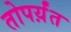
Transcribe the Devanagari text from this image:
तोपर्य़ंत